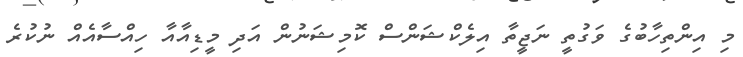
މި އިންތިހާބުގެ ވަގުތީ ނަޖީތާ އިލެކްޝަންސް ކޮމިޝަނުން އަދި މީޑިއާއާ ހިއްސާއެއް ނުކުރެ